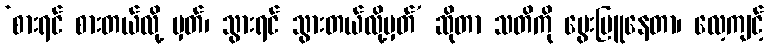
‘စားရင် စားတယ်လို့ မှတ်၊ သွားရင် သွားတယ်လို့မှတ်’ ဆိုတာ သတိကို မွေးမြူနေတာ၊ လေ့ကျင့်